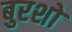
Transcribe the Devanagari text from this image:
बुरशो